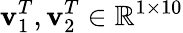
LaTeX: \mathbf{v}_{1}^{T},\mathbf{v}_{2}^{T}\in\mathbb{R}^{1\times 10}